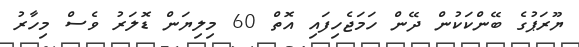
ޔޫރަޕުގެ ބޭންކަކުން ދޭން ހަމަޖެހިފައި އޮތް 60 މިލިޔަން ޑޮލަރު ވެސް މިހާރު